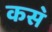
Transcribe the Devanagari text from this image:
कस॓